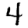
Digit: 4